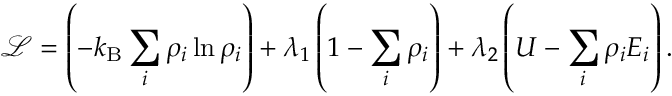
{ \mathcal { L } } = \left( - k _ { \mathrm { B } } \sum _ { i } \rho _ { i } \ln \rho _ { i } \right) + \lambda _ { 1 } \left( 1 - \sum _ { i } \rho _ { i } \right) + \lambda _ { 2 } \left( U - \sum _ { i } \rho _ { i } E _ { i } \right) .